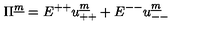
\Pi ^ { \underline { m } } = E ^ { + + } u _ { + + } ^ { \underline { m } } + E ^ { -- } u _ { -- } ^ { \underline { m } }